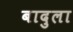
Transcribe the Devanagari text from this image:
बादुला